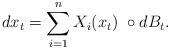
LaTeX: \begin{align*} dx_t=\sum_{i=1}^nX_i(x_t)~\circ dB_t.\end{align*}